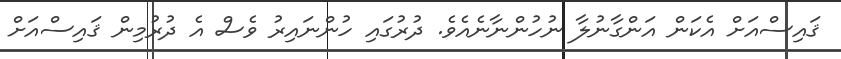
ޤައިސްއަށް އެކަން އަންގާނުލާ ނުހުންނާނެއެވެ. ދުރުގައި ހުންނައިރު ވެސް އެ ދުރުމިން ޤައިސްއަށް